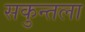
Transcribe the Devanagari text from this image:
सकुन्तला